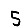
Digit: 5